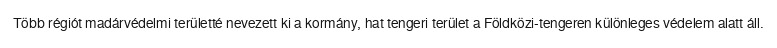
Több régiót madárvédelmi területté nevezett ki a kormány, hat tengeri terület a Földközi-tengeren különleges védelem alatt áll.